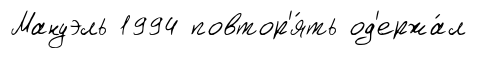
Мануэль 1994 повтор'я́ть од'ержа́л